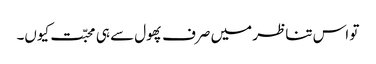
تو اس تناظر میں صرف پھول سے ہی محبّت کیوں۔